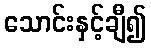
သောင်းနှင့်ချီ၍